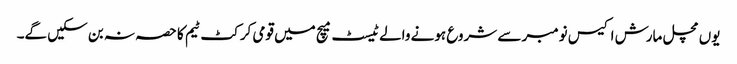
یوں مچل مارش اکیس نومبر سے شروع ہونے والے ٹیسٹ میچ میں قومی کرکٹ ٹیم کا حصہ نہ بن سکیں گے۔